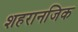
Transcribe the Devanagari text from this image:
शहरानजिक